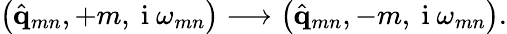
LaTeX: \left(\hat{\mathbf{q}}_{mn},+m,\mathrm{~i~}\omega_{mn}\right)\longrightarrow\left(\hat{\mathbf{q}}_{mn},-m,\mathrm{~i~}\omega_{mn}\right).